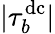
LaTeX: |\tau_{b}^{\mathrm{dc}}|